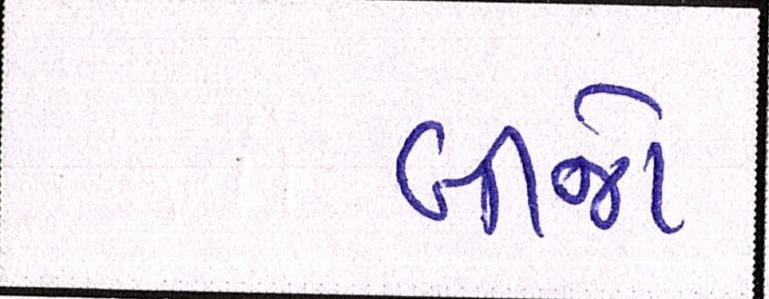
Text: બીજો